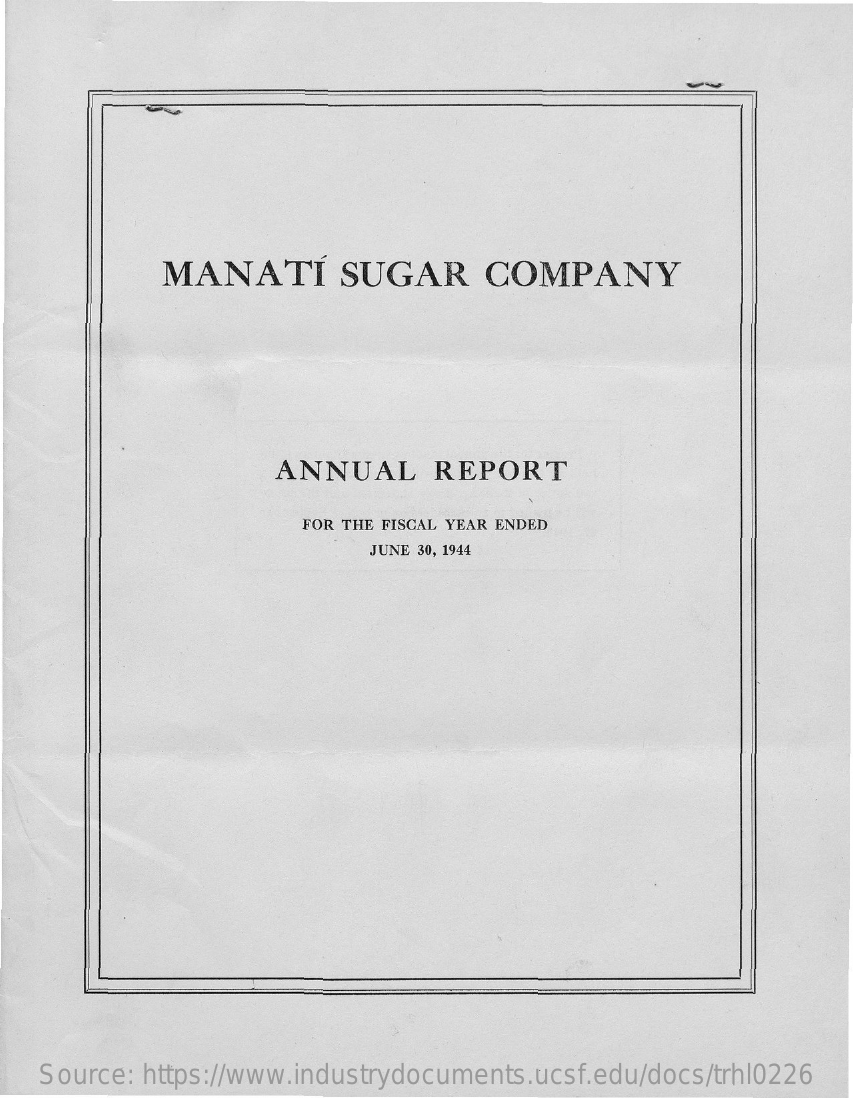
MANATÍ    SUGAR    COMPANY
     ANNUAL    REPORT
     FOR THE FISCAL YEAR ENDED
     JUNE 30, 1944
    Source: https://www.industrydocuments.ucsf.edu/docs/trhl0226